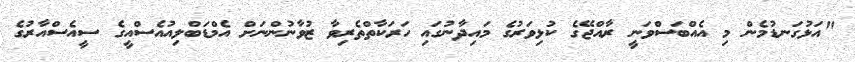
"އަޅުގަނޑުމެން މި އެއްބަސްވަނީ ރާއްޖޭގެ ކުޅިވަރުގެ މައިދާނުގައި ހަރަކާތްތެރިވާ ޒުވާނުންނަށް އެމްޑަބްލިއުއެސްއީގެ ސީއެސްއާރުގެ